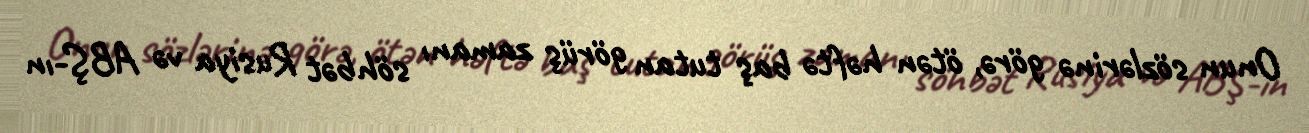
Onun sözlərinə görə, ötən həftə baş tutan görüş zamanı söhbət Rusiya və ABŞ-ın